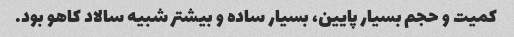
کمیت و حجم بسیار پایین، بسیار ساده و بیشتر شبیه سالاد کاهو بود.